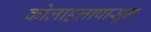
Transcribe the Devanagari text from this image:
कोलाहलापासून